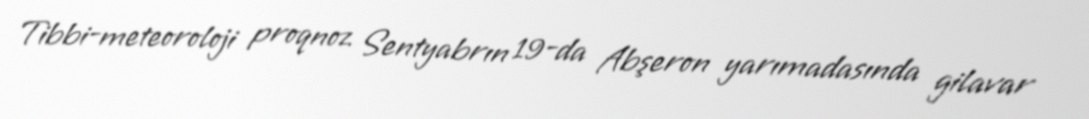
Tibbi-meteoroloji proqnoz Sentyabrın 19-da Abşeron yarımadasında gilavar